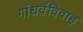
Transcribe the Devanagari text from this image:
गांधर्वविवाह